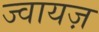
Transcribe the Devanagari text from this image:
ज्वायज़